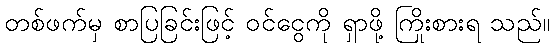
တစ်ဖက်မှ စာပြခြင်းဖြင့် ဝင်ငွေကို ရှာဖို့ ကြိုးစားရ သည်။